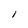
Character: l